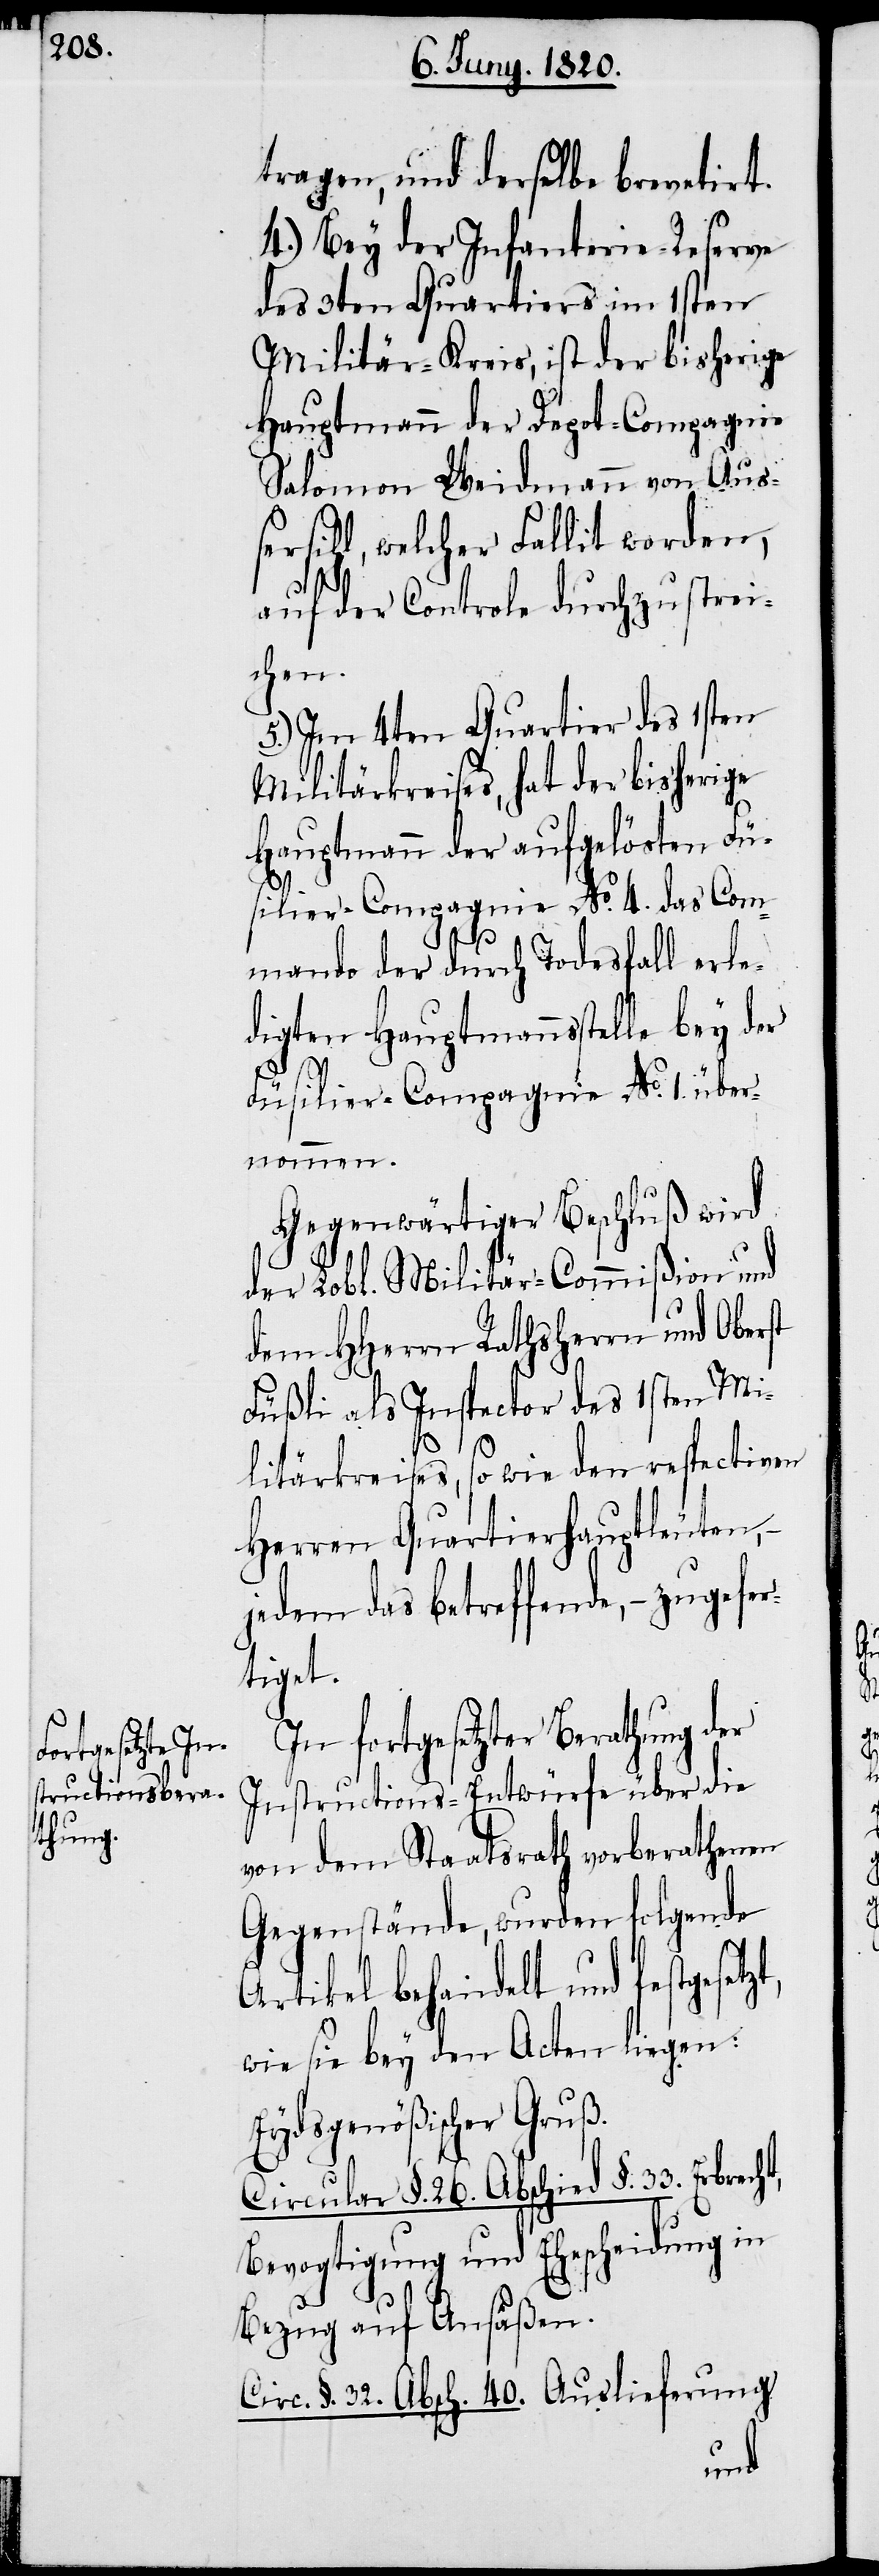
tragen, und derselbe brevetirt.
4.) Bey der Infanterie-Reserve
des 3ten Quartiers im 1sten
Militär-Kreis, ist der bisherige
Hauptmann der Depot-Compagnie
Salomon Wiedmann von Auss¬
ersihl, welcher Fallit worden,
auf der Controle durchzustrei¬
chen.
5.) Im 4ten Quartier des 1sten
Militärkreises, hat der bisherige
Hauptmann der aufgelösten Fü¬
silier-Compagnie No. 4. das Com¬
ht,
mando der durch Todesfall erle¬
digten Hauptmannsstelle bey der
Füsilier-Compagnie No. 1. über¬
nommen.
Gegenwärtiger Beschluß wird
Lobl. Militär-Commißion und
dem HHerrn Rathsherrn und Oberst
Füßli als Inspector des 1sten Mi¬
litärkreises, so wie den respectiven
Herren Quartierhauptleuten,
jedem das betreffende, – zugef¬
tiget.
In fortgesetzter Berathung der
Instructions-Entwürfe über die
von dem Staatsrath vorberathenen
Gegenstände, wurden folgende
Artikel behandelt und festgeset¬
wie sie bey den Acten liegen:
Eydsgenößischer Gruß.
Circular §. 26. Abschied §. 33. Erbrec¬
Bevogtigung und Ehescheidung in
Bezug auf Ansäßen.
Circ. §. 32. Absch. 40. Auslieferung